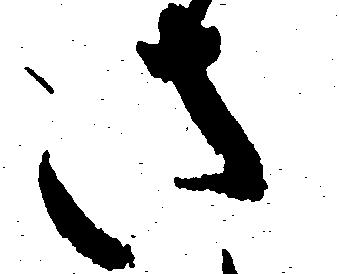
さ